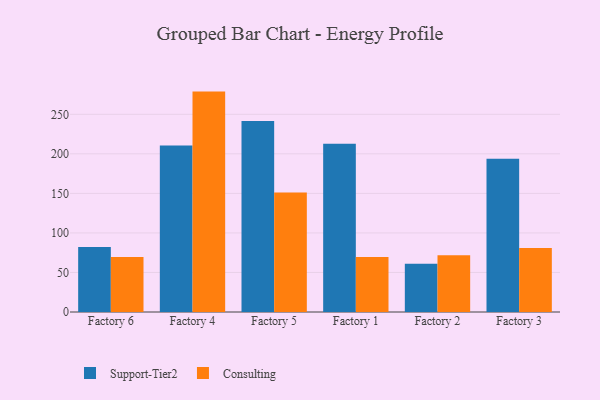
{"axis": {"x": "Factory", "y": "Budget (USD K)"}, "legend": ["Consulting", "Support-Tier2"], "data": [{"x": "Factory 6", "y": 82.3, "type": "Support-Tier2"}, {"x": "Factory 6", "y": 69.6, "type": "Consulting"}, {"x": "Factory 4", "y": 210.6, "type": "Support-Tier2"}, {"x": "Factory 4", "y": 278.7, "type": "Consulting"}, {"x": "Factory 5", "y": 241.6, "type": "Support-Tier2"}, {"x": "Factory 5", "y": 151.1, "type": "Consulting"}, {"x": "Factory 1", "y": 212.7, "type": "Support-Tier2"}, {"x": "Factory 1", "y": 69.4, "type": "Consulting"}, {"x": "Factory 2", "y": 60.9, "type": "Support-Tier2"}, {"x": "Factory 2", "y": 71.9, "type": "Consulting"}, {"x": "Factory 3", "y": 193.8, "type": "Support-Tier2"}, {"x": "Factory 3", "y": 80.8, "type": "Consulting"}]}